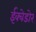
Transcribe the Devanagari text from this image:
ईक्वेडोर